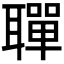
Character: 𫆐